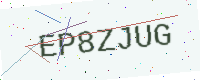
Text: EP8ZJUG